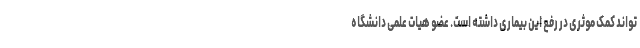
تواند کمک موثری در رفع این بیماری داشته است. عضو هیات علمی دانشگاه